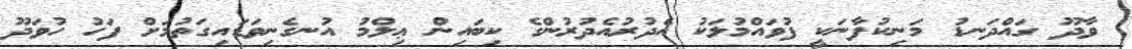
ވާދޫ ގައްދަނޑު މަނިކުފާނަކީ ފުވައްމުލަކު އެދުރުއެދުރުންގެ ކިބައިން ޢިލްމު އުނގެނިވަޑައިގަތުމަށް ފަހު ހުވަދޫ